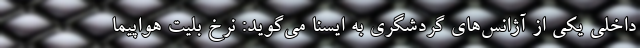
داخلی یکی از آژانس‌های گردشگری به ایسنا می‌گوید: نرخ بلیت هواپیما